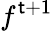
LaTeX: f^{\mathsf{t}+1}